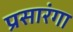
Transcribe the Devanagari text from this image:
प्रसारंगा